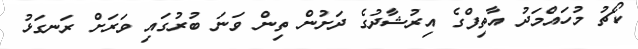
ކޯޗު މުހައްމަދު އާތިފްގެ އިރުޝާދުގެ ދަށުން ތިން ވަނަ ބުރުގައި ވަރަށް ރަނގަޅު